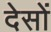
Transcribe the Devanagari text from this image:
देसों